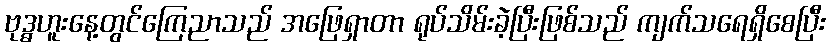
ဗုဒ္ဓဟူးနေ့တွင်ကြေညာသည် အဖြေရှာတာ ရုပ်သိမ်းခဲ့ပြီးဖြစ်သည် ကျက်သရေရှိစေပြီး